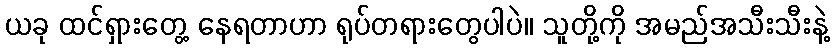
ယခု ထင်ရှားတွေ့ နေရတာဟာ ရုပ်တရားတွေပါပဲ။ သူတို့ကို အမည်အသီးသီးနဲ့